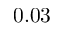
0 . 0 3